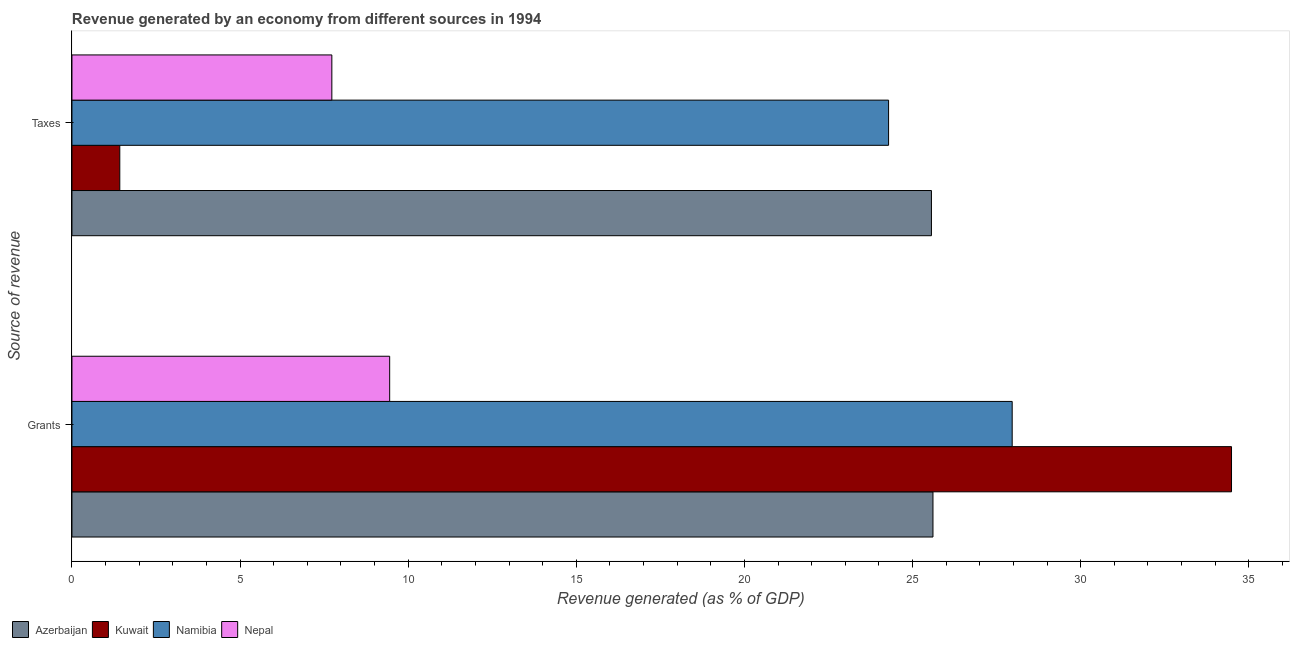
| Source of revenue | Azerbaijan | Kuwait | Namibia | Nepal |
 | --- | --- | --- | --- | --- |
 | Grants | 25.6 | 34.5 | 28 | 9.45 |
 | Taxes | 25.6 | 1.42 | 24.3 | 7.73 |